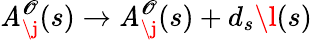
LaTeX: \mathit{A}_{\j}^{\mathscr{{O}}}(s)\rightarrow\mathit{A}_{\j}^{\mathscr{{O}}}(s)+d_{s}\l(s)